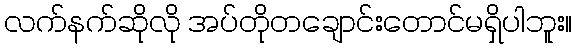
လက်နက်ဆိုလို အပ်တိုတချောင်းတောင်မရှိပါဘူး။